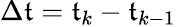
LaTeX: \Delta\mathfrak{t}=\mathfrak{t}_{k}-\mathfrak{t}_{k-1}